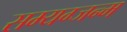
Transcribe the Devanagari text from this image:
सम्यग्जन्म